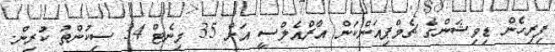
ފިރިހެން ޑިވިޝަންގެ ޗެމްޕިއަންކަން އާރްއެލްސީ އަށް 35 މިނެޓް 34 ސިކުންތު ކުރިން.